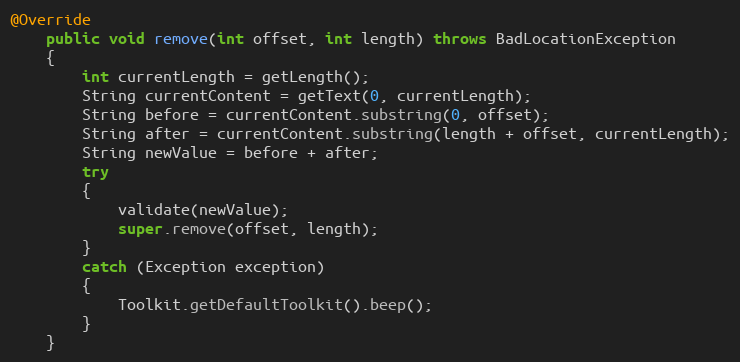
Language: Java
@Override
	public void remove(int offset, int length) throws BadLocationException
	{
		int currentLength = getLength();
		String currentContent = getText(0, currentLength);
		String before = currentContent.substring(0, offset);
		String after = currentContent.substring(length + offset, currentLength);
		String newValue = before + after;
		try
		{
			validate(newValue);
			super.remove(offset, length);
		}
		catch (Exception exception)
		{
			Toolkit.getDefaultToolkit().beep();
		}
	}